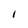
Character: I